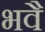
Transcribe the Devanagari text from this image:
भवै